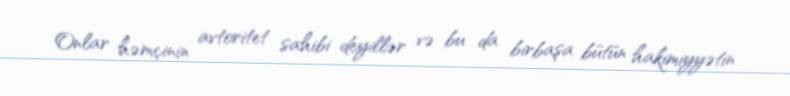
Onlar həmçinin avtoritet sahibi deyillər və bu da birbaşa bütün hakimiyyətin